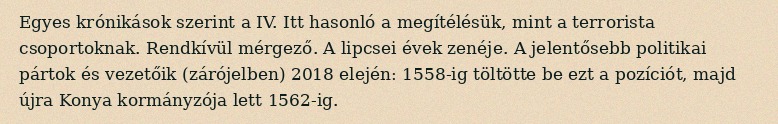
Egyes krónikások szerint a IV. Itt hasonló a megítélésük, mint a terrorista csoportoknak. Rendkívül mérgező. A lipcsei évek zenéje. A jelentősebb politikai pártok és vezetőik (zárójelben) 2018 elején: 1558-ig töltötte be ezt a pozíciót, majd újra Konya kormányzója lett 1562-ig.